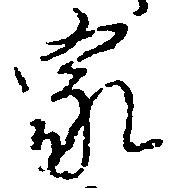
家